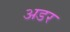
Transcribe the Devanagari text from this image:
अडर